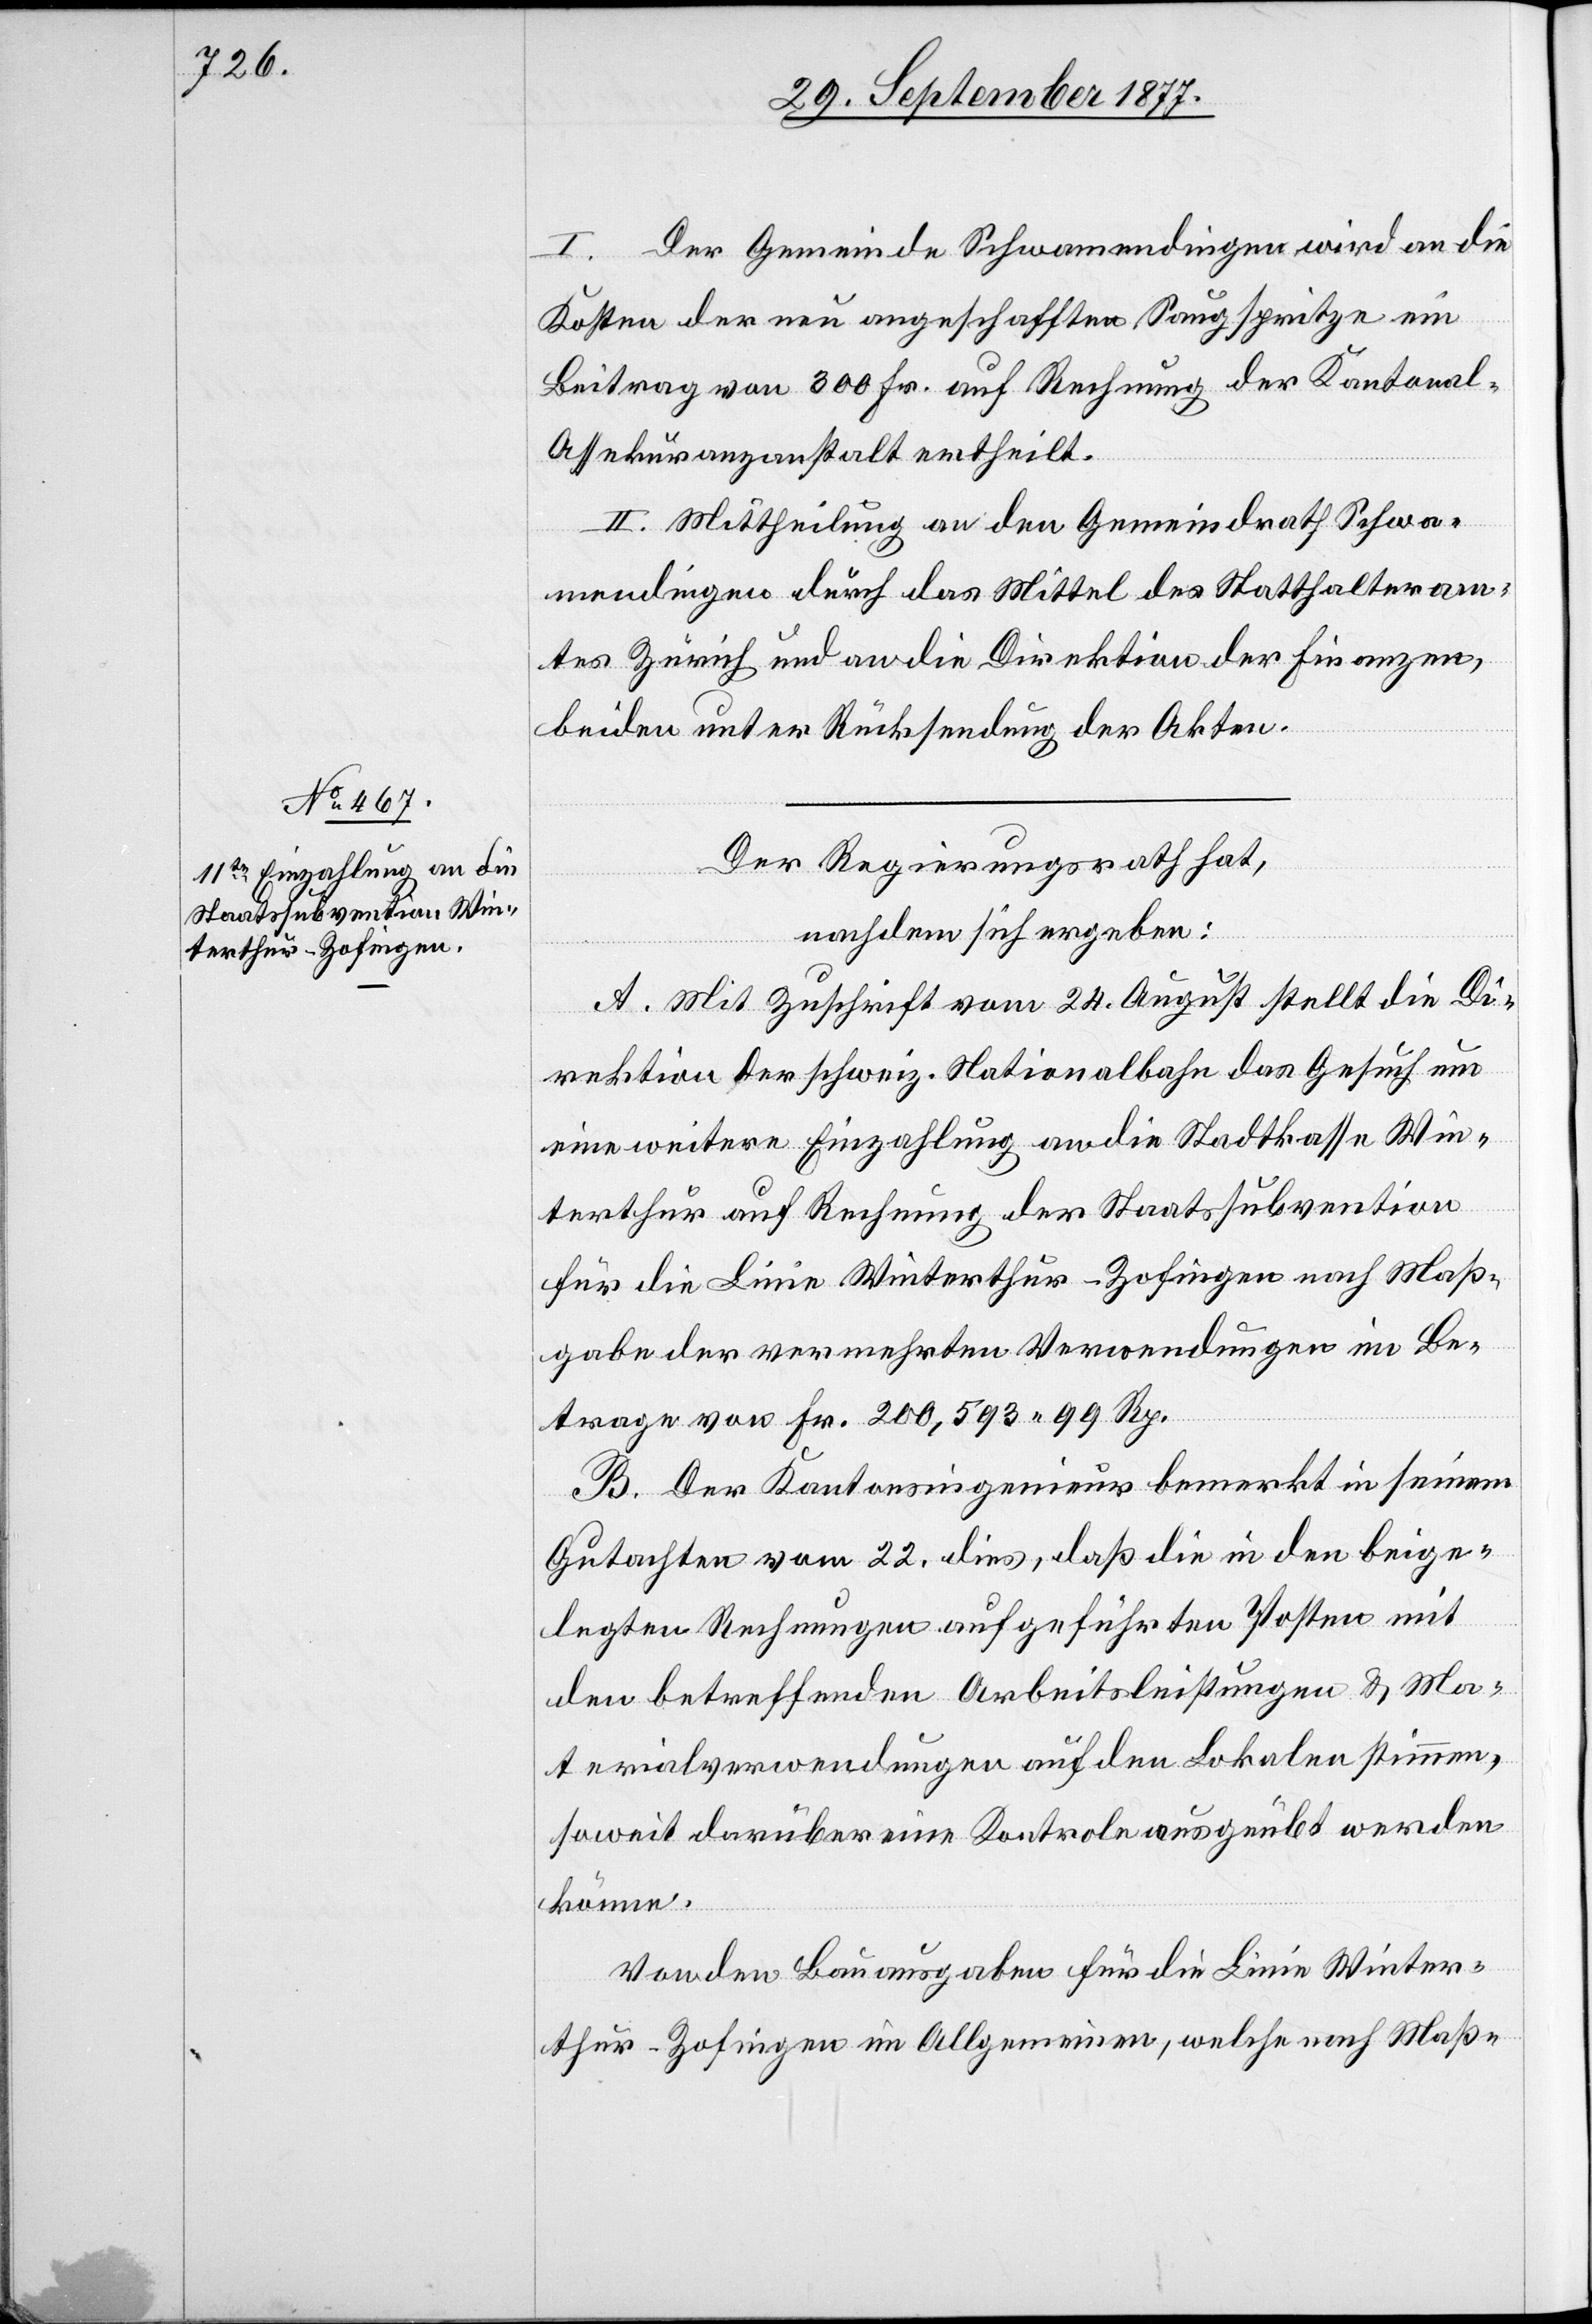
I. Der Gemeinde Schwamendingen wird an die
Kosten der neu angeschafften Saugspritze ein
Beitrag von 300 Fr. auf Rechnung der Kantonal
Assekuranzanstalt ertheilt.
II. Mittheilung an den Gemeindrath Schwa¬
mendingen durch das Mittel des Statthalteram¬
tes Zürich und an die Direktion der Finanzen,
beiden unter Rücksendung der Akten.
Der Regierungsrath hat,
nachdem sich ergeben:
A. Mit Zuschrift vom 24. August stellt die Di¬
rektion der schweiz. Nationalbahn das Gesuch um
eine weitere Einzahlung an die Stadtkasse Win¬
terthur auf Rechnung der Staatssubvention
für die Linie Winterthur–Zofingen nach Maß¬
gabe der vermehrten Verwendungen im Be¬
trage von Fr. 200,593 99 Rp.
B. Der Kantonsingenieur bemerkt in seinem
Gutachten vom 22. dies, daß die in den beige¬
legten Rechnungen aufgeführten Posten mit
den betreffenden Arbeitsleistungen & Ma¬
terialverwendungen auf den Lokalen stimmen,
soweit darüber eine Kontrole ausgeübt werden
könne.
Von den Bauausgaben für die Linie Winter¬
thur–Zofingen im Allgemeinen, welche nach Maß-